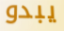
يبدو